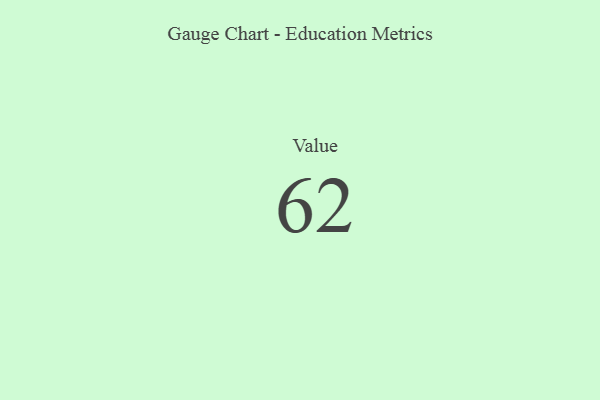
{"axis": {"x": "Metric", "y": "Value"}, "legend": [""], "data": [{"x": "Value", "y": 62, "type": ""}]}